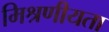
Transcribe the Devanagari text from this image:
मिश्रणीयता